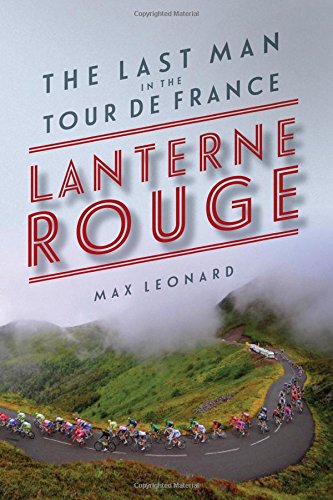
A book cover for Lanterne Rouge: The Last Man in the Tour de France; Max Leonard; Sports & Outdoors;